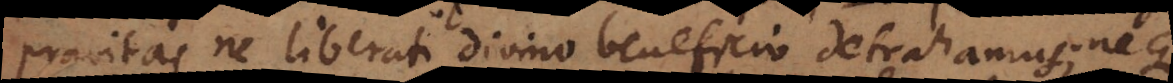
depravatae ne liberati divino beneficio detrahamus; neque